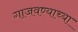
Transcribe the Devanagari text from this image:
गाजवण्याच्या